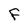
Character: f